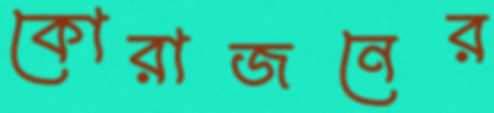
কোরাজনের